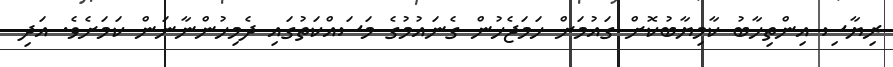
ރިޔާސި އިންތިހާބު ކާމިޔާބުކޮށް ގައުމަށް ހަމަޖެހުން ގެނައުމުގެ މަސައްކަތުގައި ދެމިހުންނާނަން ކަމަށެވެ. އަދި